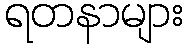
ရတနာများ